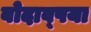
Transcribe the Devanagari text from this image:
बोदाव्पया